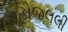
જાહોજલલી